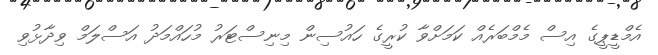
އެމްޑީޕީގެ އިސް މެމްބަރެއް ކަމަށްވާ ކުރީގެ ހައުސިން މިނިސްޓަރު މުހައްމަދު އަސްލަމް ވިދާޅުވި